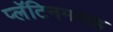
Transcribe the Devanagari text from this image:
प्लॅटिनमसह